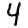
Digit: 4